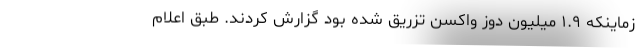
زماینکه ۱.۹ میلیون دوز واکسن تزریق شده بود گزارش کردند. طبق اعلام